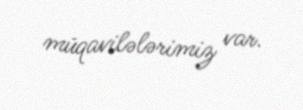
müqavilələrimiz var.